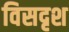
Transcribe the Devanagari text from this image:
विसदृश